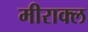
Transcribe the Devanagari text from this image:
मीराक्ल